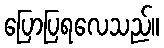
ပြောပြရလေသည်။